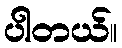
ပါတယ်။